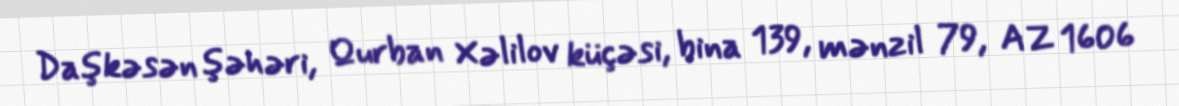
Daşkəsən şəhəri, Qurban Xəlilov küçəsi, bina 139, mənzil 79, AZ 1606